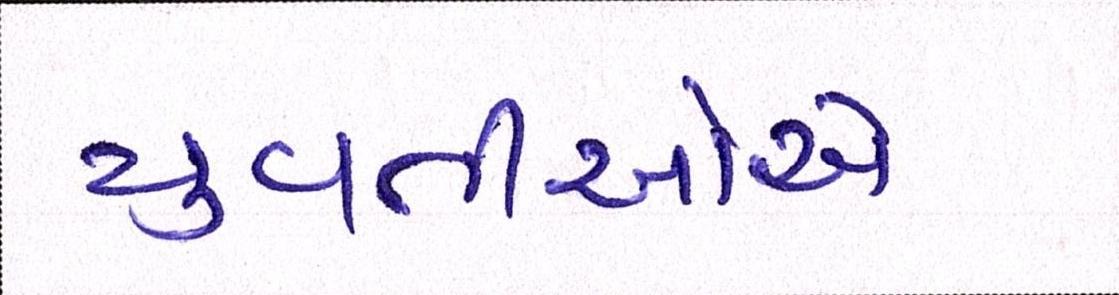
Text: યુવતીઓએ